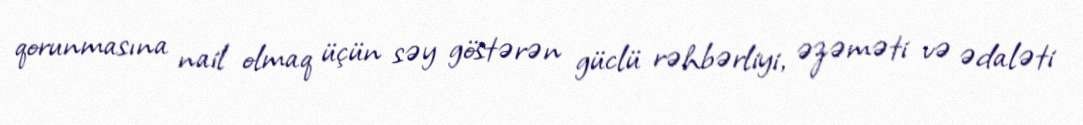
qorunmasına nail olmaq üçün səy göstərən güclü rəhbərliyi, əzəməti və ədaləti